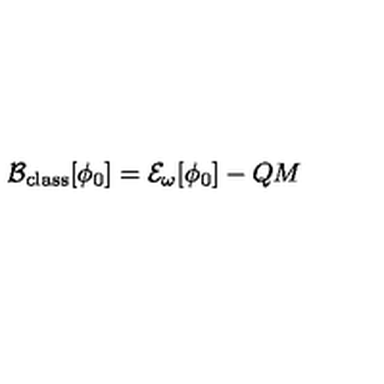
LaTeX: { \cal B _ { \mathrm { \tiny c l a s s } } } [ \phi _ { 0 } ] = { \cal E } _ { \omega } [ \phi _ { 0 } ] - Q M